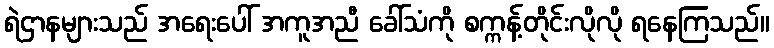
ရဲဌာနများသည် အရေးပေါ် အကူအညီ ခေါ်သံကို စက္ကန့်တိုင်းလိုလို ရနေကြသည်။